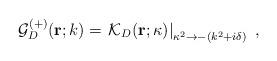
LaTeX: \begin{align*}{\mathcal G}^{(+)}_{{D}} ({\bf r}; k)= \left.{\mathcal K}_{{D}} ({\bf r}; \kappa)\right|_{ \kappa^{2} \rightarrow - (k^{2}+ i \delta) }\; ,\end{align*}